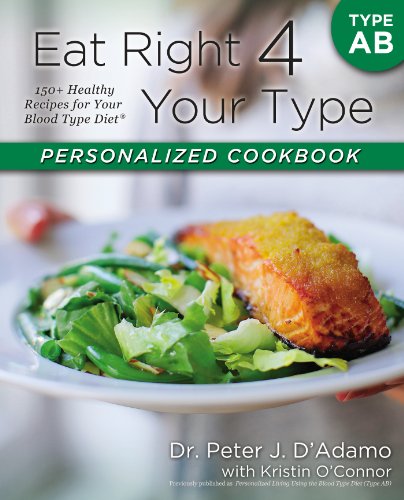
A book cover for Eat Right 4 Your Type Personalized Cookbook Type AB: 150+ Healthy Recipes For Your Blood Type Diet; Dr. Peter J. D'Adamo; Health, Fitness & Dieting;